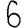
Digit: 6